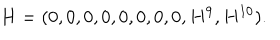
H = ( 0 , 0 , 0 , 0 , 0 , 0 , 0 , 0 , H ^ { 9 } , H ^ { 1 0 } ) .